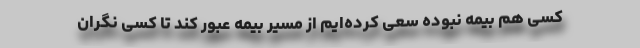
کسی هم بیمه نبوده سعی کرده‌ایم از مسیر بیمه عبور کند تا کسی نگران